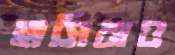
হাসিরাও